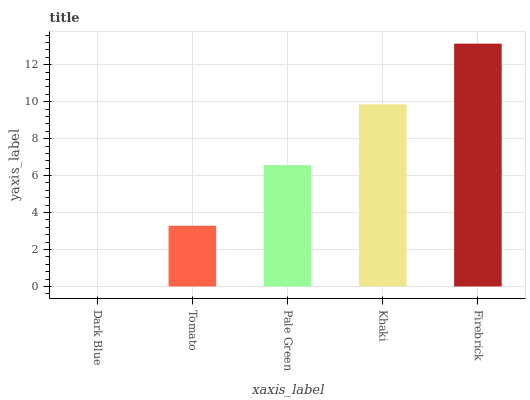
| xaxis_label | bars |
 | --- | --- |
 | Dark Blue | 0 |
 | Tomato | 3.29 |
 | Pale Green | 6.57 |
 | Khaki | 9.86 |
 | Firebrick | 13.1 |